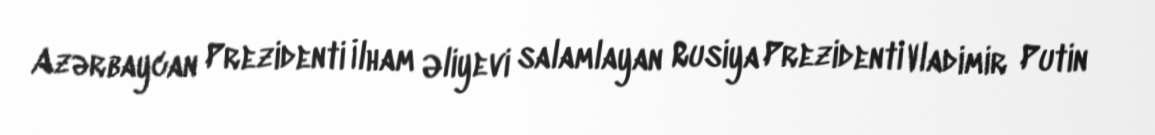
Azərbaycan Prezidenti İlham Əliyevi salamlayan Rusiya Prezidenti Vladimir Putin